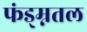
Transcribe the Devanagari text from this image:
फंड्म्नतल